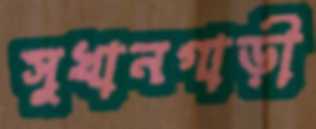
সুখানগাড়ী